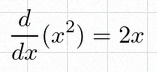
\frac{d}{dx}(x^2)=2x